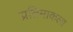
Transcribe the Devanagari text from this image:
प्रतिमाकला